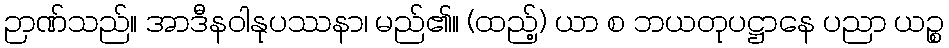
ဉာဏ်သည်။ အာဒီနဝါနုပဿနာ၊ မည်၏။ (ထည့်) ယာ စ ဘယတုပဋ္ဌာနေ ပညာ ယဉ္စ